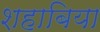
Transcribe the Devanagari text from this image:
शहाबिया